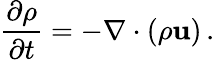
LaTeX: {\frac{\partial\rho}{\partial t}}=-\nabla\cdot(\rho\mathbf{u})\, .